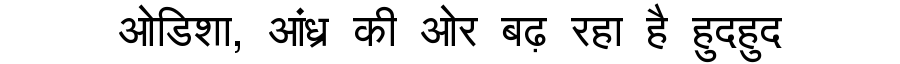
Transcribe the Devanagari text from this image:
ओडिशा, आंध्र की ओर बढ़ रहा है हुदहुद